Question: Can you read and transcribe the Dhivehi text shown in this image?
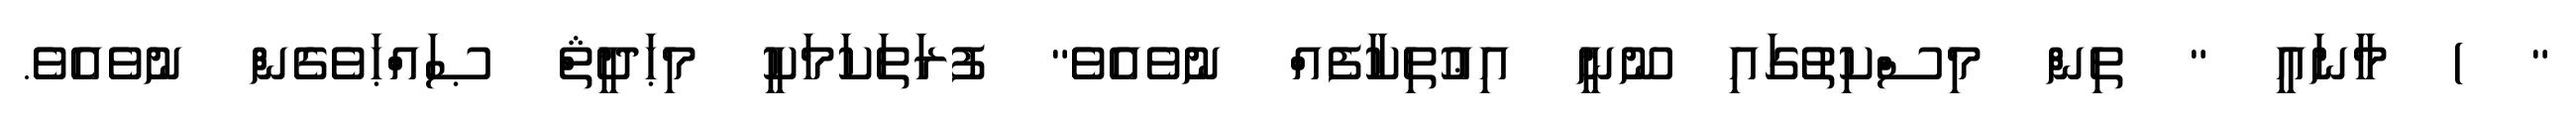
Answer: " ) މާނައީ " ތިން މިސްކިތުގައި ނޫނީ އިޢުތިކާފެއް ނުވެއެވެ" ފުރަތަކަމަކީ މިޙަދީޘް ޞައްޙަވެގެން ނުވެއެވެ.